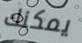
يمكنك